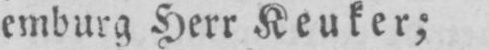
emburg Herr Keuker;